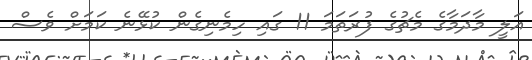
އަލީ މާދަމާގެ މެޗުގެ ފުރަތަމަ 11 ގައި ހިމެނިގެން ކުޅޭނެ ކަމަށް ވެސް